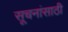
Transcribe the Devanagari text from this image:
सूचनांसाठी